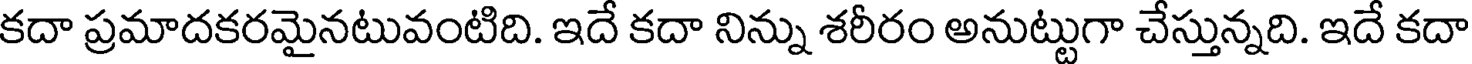
కదా ప్రమాదకరమైనటువంటిది. ఇదే కదా నిన్ను శరీరం అనుట్టుగా చేస్తున్నది. ఇదే కదా